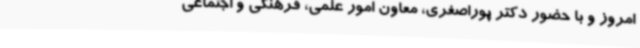
امروز و با حضور دکتر پوراصغری، معاون امور علمی، فرهنگی و اجتماعی